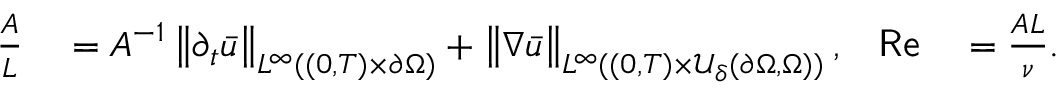
\begin{array} { r l r l } { \frac A L } & { { } = A ^ { - 1 } \left\lVert \partial _ { t } \bar { u } \right\rVert _ { L ^ { \infty } ( ( 0 , T ) \times \partial \Omega ) } + \left\lVert \nabla \bar { u } \right\rVert _ { L ^ { \infty } ( ( 0 , T ) \times \mathcal U _ { \delta } ( \partial \Omega , \Omega ) ) } , } & { \mathsf { R e } } & { { } = \frac { A L } { \nu } . } \end{array}